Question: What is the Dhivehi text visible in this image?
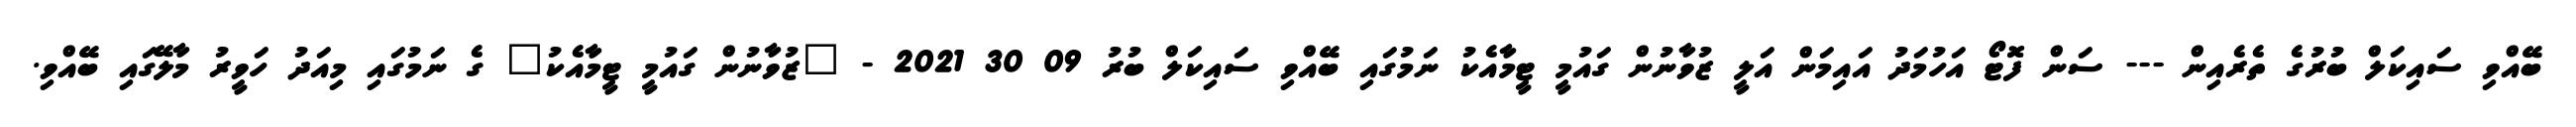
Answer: ބޭއްވި ސައިކަލް ބުރުގެ ތެރެއިން --- ސަން ފޮޓޯ އަހުމަދު އައިމަން އަލީ ޒުވާނުން ގައުމީ ޓީމާއެކު ނަމުގައި ބޭއްވި ސައިކަލް ބުރު 09 30 2021 - "ޒުވާނުން ގައުމީ ޓީމާއެކު" ގެ ނަމުގައި މިއަދު ހަވީރު މާލޭގައި ބޭއްވި.